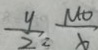
\frac { y } { 2 } , \frac { M O } { b }